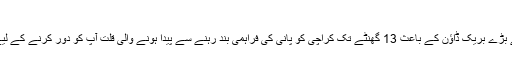
شاباش کراچی واٹر اینڈ سیوریج بورڈ … شاباش
گزشتہ جمعہ کی شام کو آگے جی پمپنگ اسٹیشن پر بجلی کے بڑے بریک ڈاؤن کے باعث 13 گھنٹے تک کراچی کو پانی کی فراہمی بند رہنے سے پیدا ہونے والی قلت آپ کو دور کرنے کے لیے واٹر بورڈ کی بھرپور کوششیں اور اقدامات رنگ لے آئیں ۔